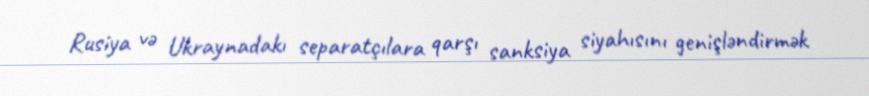
Rusiya və Ukraynadakı separatçılara qarşı sanksiya siyahısını genişləndirmək